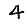
Digit: 4